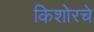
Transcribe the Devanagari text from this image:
किशोरचे